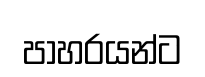
පාහරයන්ට